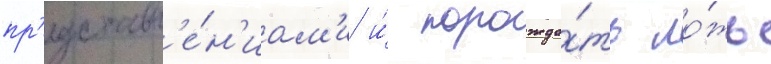
пр'едставл'е́н'иам'и и́ порожда́ть ло́жь